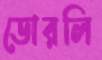
ডোরলি